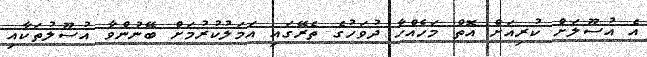
އެ އުސޫލަށް ކުރިއަށް އޮތް މަހެއްހާ ދުވަހުގެ ތެރޭގައި އަމަލުކުރުމަށް ބޭނުންވާ އުސޫލުތަކާއި